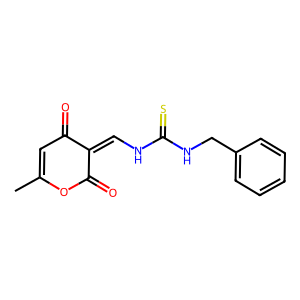
SMILES: CC1=CC(=O)C(=CNC(=S)NCc2ccccc2)C(=O)O1
Inhibits HIV replication: No